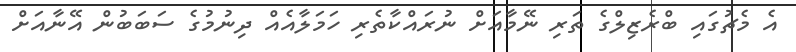
އެ މެޗުގައި ބްރެޒިލްގެ ތަރި ނޭމާއަށް ނުރައްކާތެރި ހަމަލާއެއް ދިނުމުގެ ސަބަބުން އޭނާއަށް